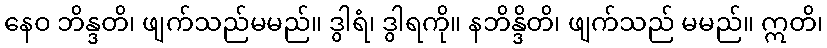
နေဝ ဘိန္ဒတိ၊ ဖျက်သည်မမည်။ ဒွါရံ၊ ဒွါရကို။ နဘိန္ဒိတိ၊ ဖျက်သည် မမည်။ ဣတိ၊